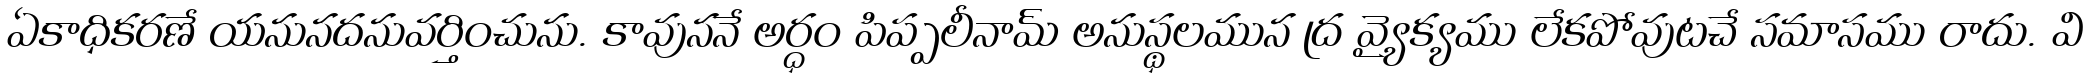
ఏకాధికరణే యనునదనువర్తించును. కావుననే అర్ధం పిప్పలీనామ్ అనుస్థలమున ద్ర వ్యైక్యము లేకపోవుటచే సమాసము రాదు. వి